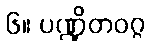
၆။ ပဏ္ဍိတဝဂ္ဂ